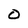
Character: 0